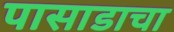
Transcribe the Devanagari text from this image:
पासाडाचा